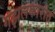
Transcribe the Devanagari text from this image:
गझलकारांत